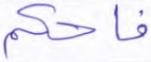
فاحكم